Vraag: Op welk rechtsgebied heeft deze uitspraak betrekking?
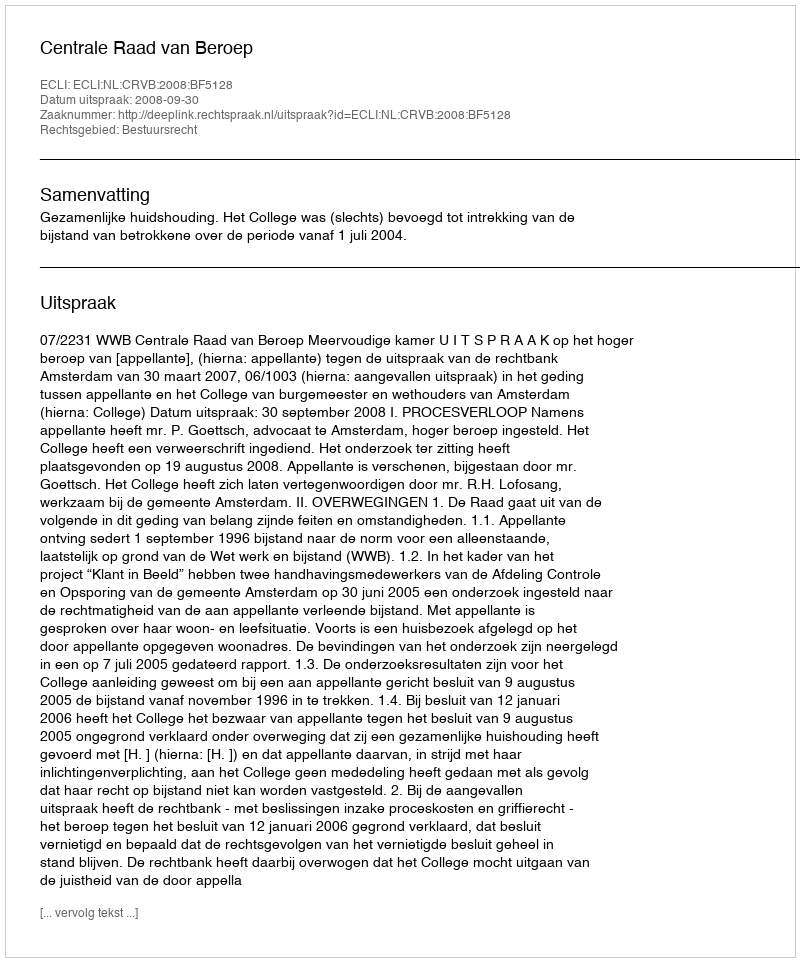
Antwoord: Bestuursrecht